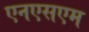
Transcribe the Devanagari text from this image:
एनएसएम